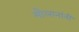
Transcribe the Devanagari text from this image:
मौलानांनी